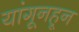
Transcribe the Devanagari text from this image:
यांगूनहून